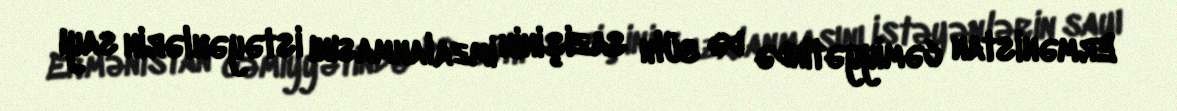
Ermənistan cəmiyyətində də sülh sazişinin imzalanmasını istəyənlərin sayı